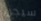
سيجن